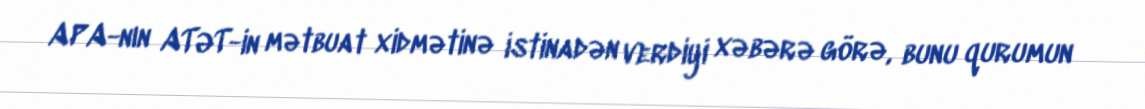
APA-nın ATƏT-in mətbuat xidmətinə istinadən verdiyi xəbərə görə, bunu qurumun